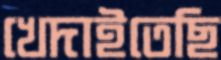
খেদাইতেছি